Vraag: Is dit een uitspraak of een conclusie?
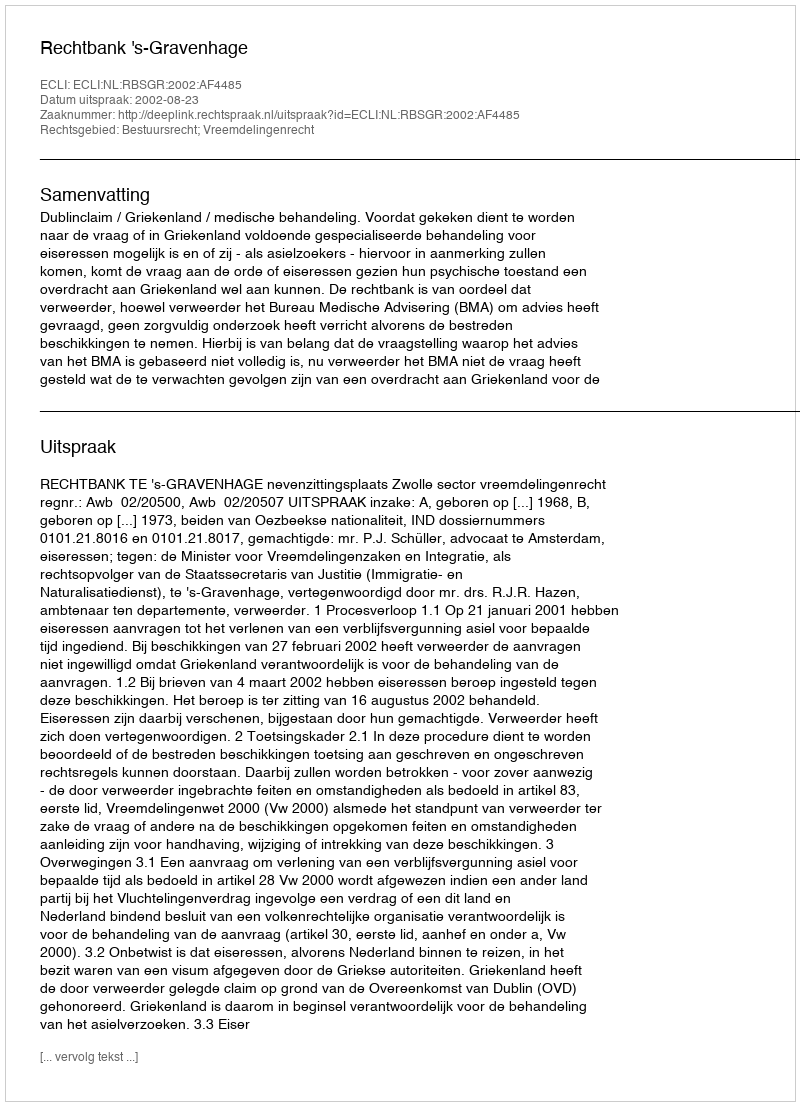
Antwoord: Uitspraak